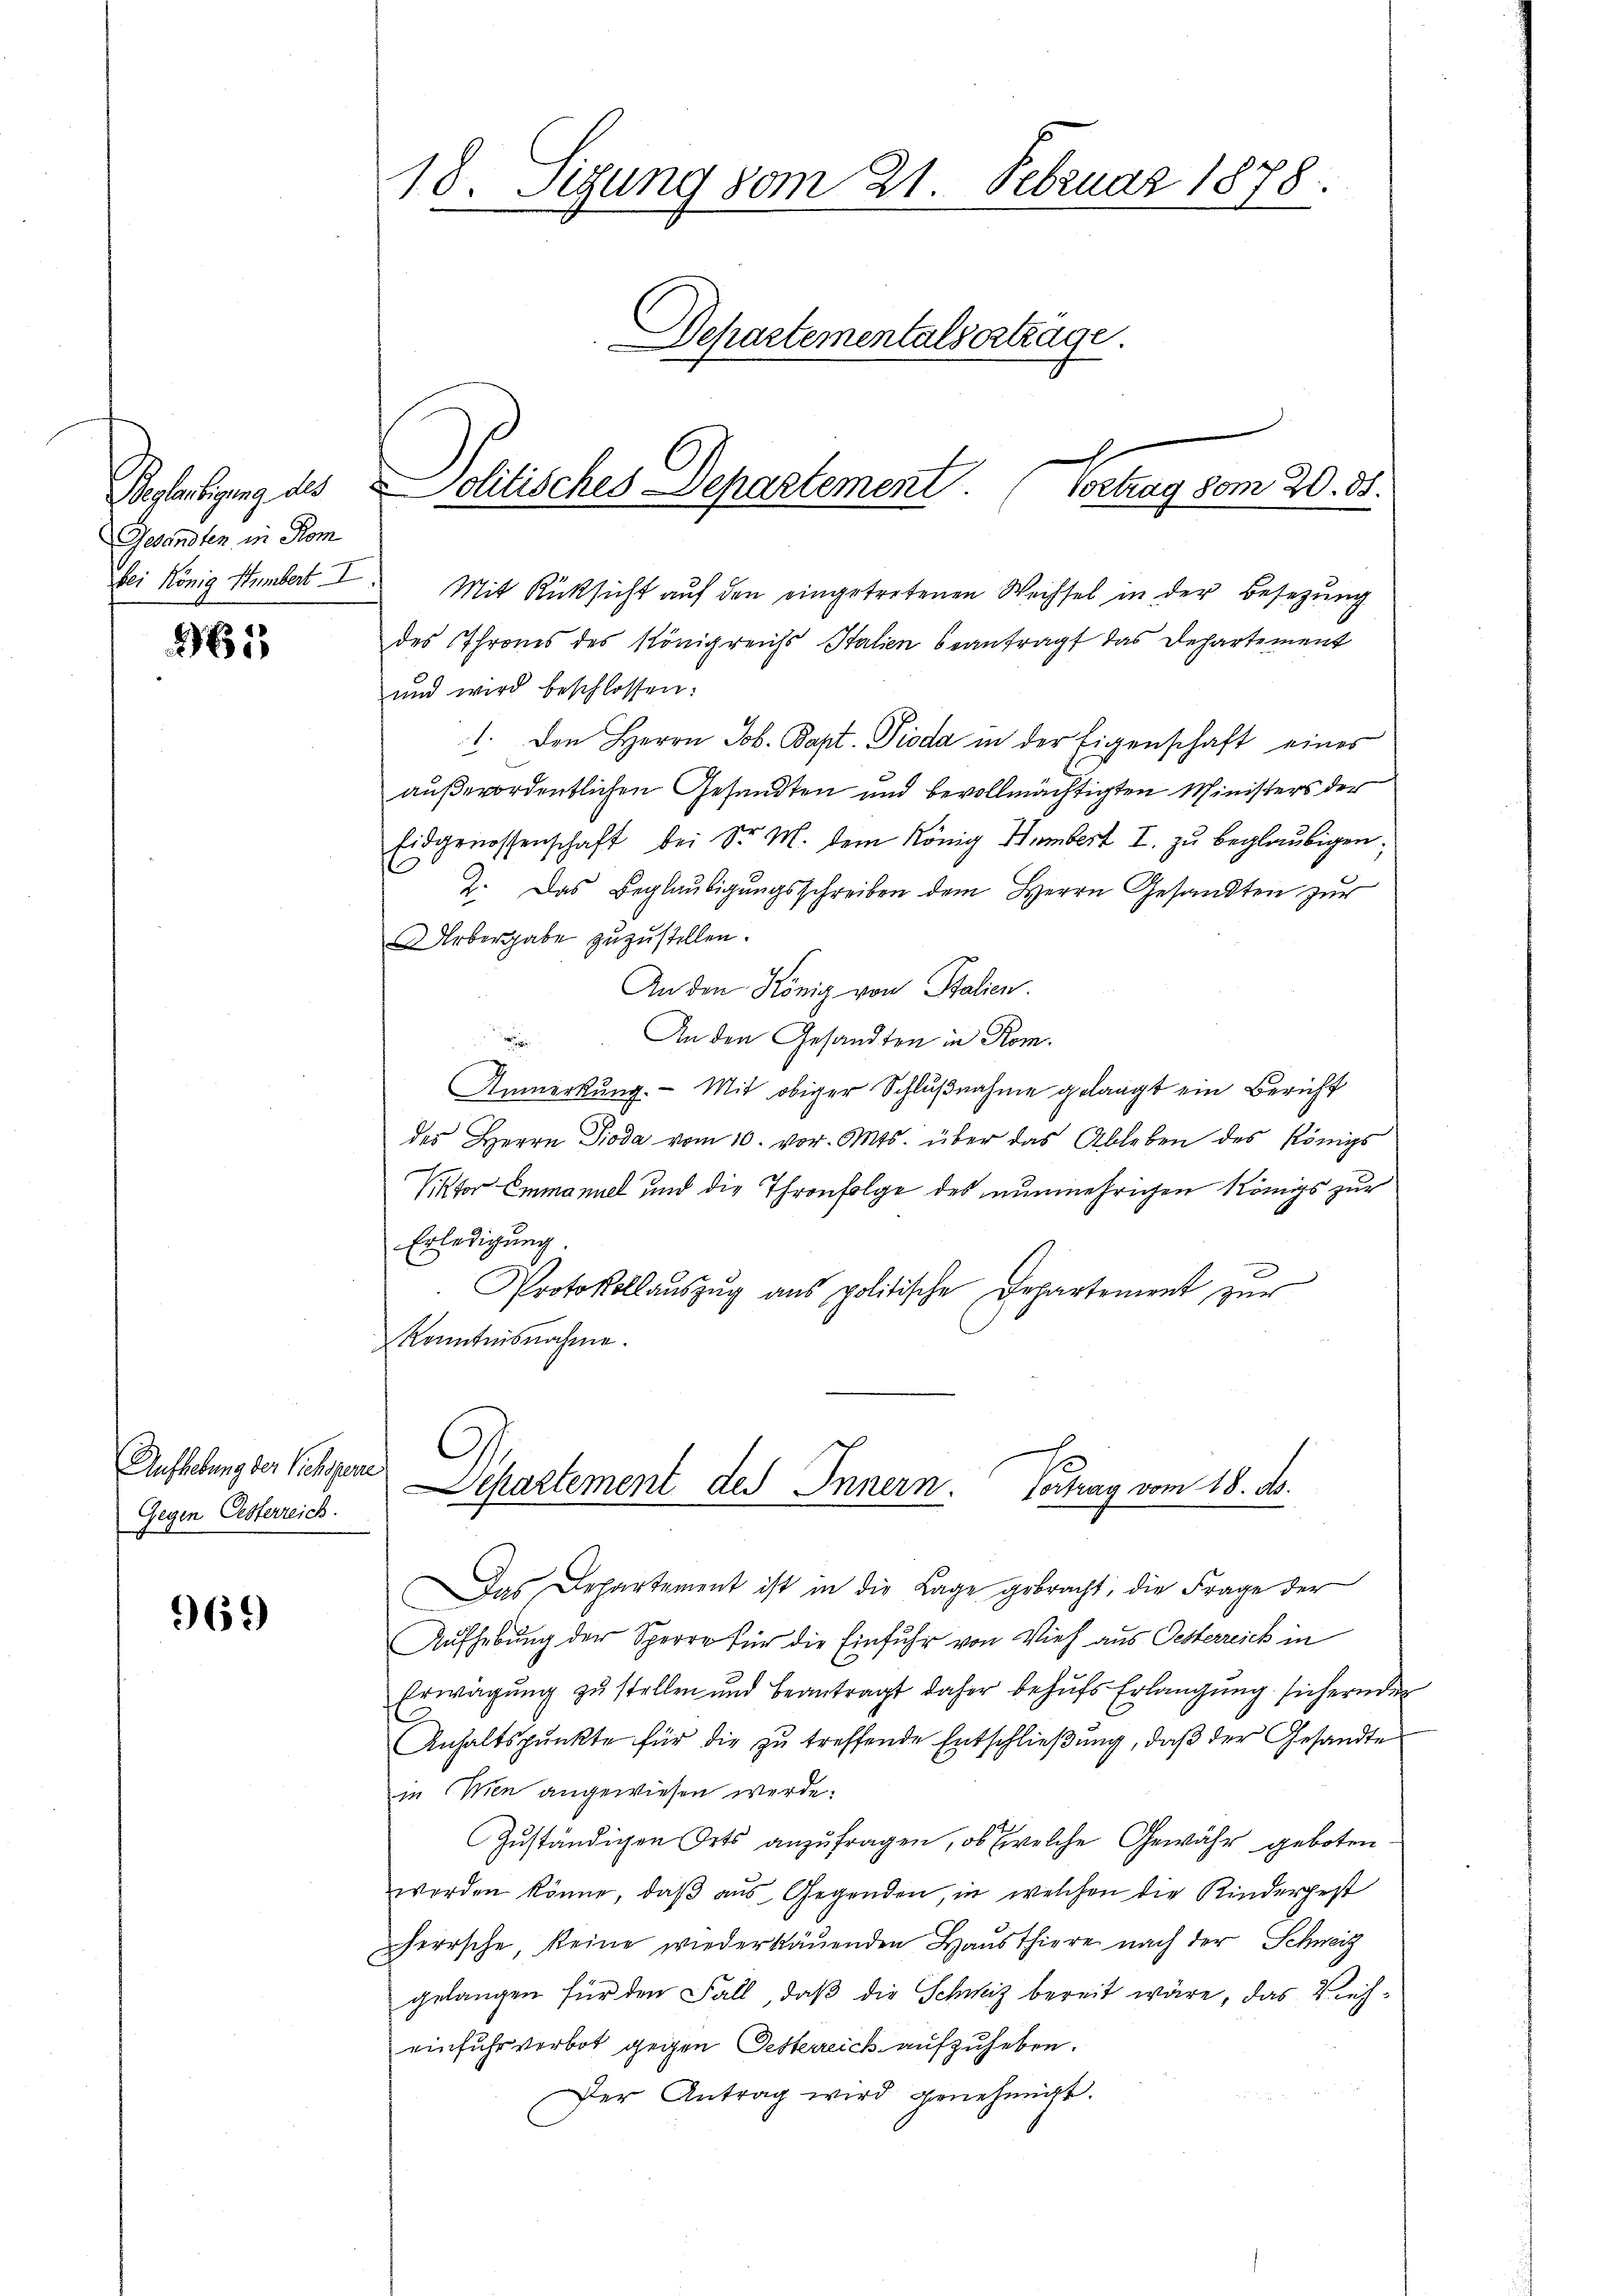
Beplantigung des
Gesandten in Kom
bei König Humbert. I.

165

Aufhebung der Sichsen
Gegen Oesterreich.

969)

18. Setzung vom 21. Februar 1878.
Departementalvertrage.

x
olitisches Departement. (Vortrag vom 20. 85.

Mit Rücksicht auf den eingetretenen Wechsel in der Besezung
des Thrones des Königreichs Stalien beantragt das Departement
und wird beschlossen:
1. Den Herrn Job. Bapt. Pioda in der Eigenschaft eines
außerordentlichen Gesandten und bevollmächtigten Ministers der
Eidgenossenschaft bei Sr. M. dem König Humbert I. zu beglaubigen;
2. Das Beglaŭbigŭngsschreiben dem Herrn Gesandten zur
Urbergabe zuzustellen.
An den König von Italien.
 An den Gesandten in Rom.
Anmerkung. Mit obiger Schlŭβnahme gelangt ein Bericht
des Herrn Dioda vom 10. vor. Mts. über das Ableben des Königs
Viktor Emmanuel und die Thronfolge des nunmehrigen Königs zur
Erledigung
Protokollaŭszŭg ans politische Departement zŭr
Kenntnisnahme.
Separtement des Innern. Vertrag vom 18. ds.
Das Departement ist in die Lage gebracht, die Frage der
Aufhebung der Sperre für die Einfuhr von Vieh aus Oesterreich in
Erwägŭng zŭ stellen und beantragt daher behŭfs Erlangŭng sichernder
Anhaltspunkte für die zu treffende Entschließung, daß der Gesandte
in Wien angewiesen werde.
Zuständigen Orts anzufragen, ob welche Gewähr geboten
worden könne, daβ aŭs Gegenden, in welchen die Kindergest
herrsche, keine wiederkäuenden Hausthiere nach der Schweiz
gelangen für den Fall, daß die Schweiz bereit wäre, das Vieheinfuhrverbot gegen Oesterreich aufzuheben.
Der Antrag wird genehmigt.